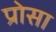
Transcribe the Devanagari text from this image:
प्रोसा